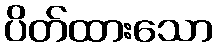
ပိတ်ထားသော